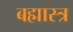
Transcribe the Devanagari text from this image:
बह्मास्त्र